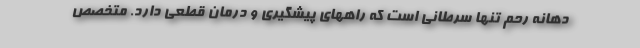
دهانه رحم تنها سرطانی است که راههای پیشگیری و درمان قطعی دارد. متخصص